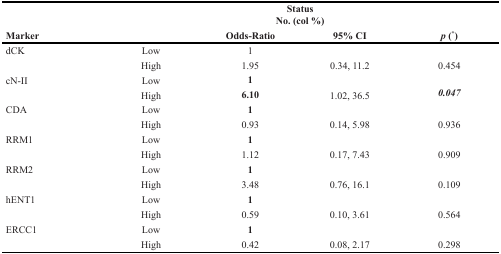
<table><thead><tr><td></td><td></td><td colspan="2"><b>Status No. (col %)</b></td><td></td></tr><tr><td><b>Marker</b></td><td></td><td><b>Odds-Ratio</b></td><td><b>95% CI</b></td><td><b><i>p</i> (<sup>*</sup>)</b></td></tr></thead><tbody><tr><td>dCK</td><td>Low</td><td>1</td><td></td><td></td></tr><tr><td></td><td>High</td><td>1.95</td><td>0.34, 11.2</td><td>0.454</td></tr><tr><td>cN-II</td><td>Low</td><td><b>1</b></td><td></td><td rowspan="2"><b><i>0.047</i></b></td></tr><tr><td></td><td>High</td><td><b>6.10</b></td><td>1.02, 36.5</td></tr><tr><td>CDA</td><td>Low</td><td><b>1</b></td><td></td><td></td></tr><tr><td></td><td>High</td><td>0.93</td><td>0.14, 5.98</td><td>0.936</td></tr><tr><td>RRM1</td><td>Low</td><td><b>1</b></td><td></td><td></td></tr><tr><td></td><td>High</td><td>1.12</td><td>0.17, 7.43</td><td>0.909</td></tr><tr><td>RRM2</td><td>Low</td><td><b>1</b></td><td></td><td></td></tr><tr><td></td><td>High</td><td>3.48</td><td>0.76, 16.1</td><td>0.109</td></tr><tr><td>hENT1</td><td>Low</td><td><b>1</b></td><td></td><td></td></tr><tr><td></td><td>High</td><td>0.59</td><td>0.10, 3.61</td><td>0.564</td></tr><tr><td>ERCC1</td><td>Low</td><td><b>1</b></td><td></td><td></td></tr><tr><td></td><td>High</td><td>0.42</td><td>0.08, 2.17</td><td>0.298</td></tr></tbody></table>